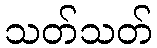
သတ်သတ်